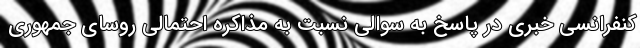
کنفرانسی خبری در پاسخ به سوالی نسبت به مذاکره احتمالی روسای جمهوری